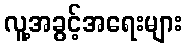
လူ့အခွင့်အရေးများ